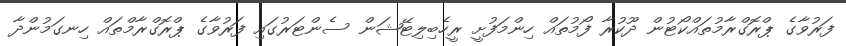
ފަރުވާގެ ޕްރޮގްރާމުތައްކޯޓުން ދޫކުރާ ފޯމުތައް ހިންމަފުށީ ރީހެބިލިޓޭޝަން ސެންޓަރުގައި ފަރުވާގެ ޕްރޮގްރާމްތައް ހިނގަމުންދާ